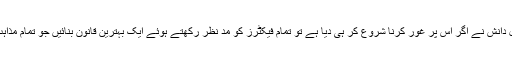
اہل دانش نے اگر اس پر غور کرنا شروع کر ہی دیا ہے تو تمام فیکٹرز کو مد نظر رکھتے ہوئے ایک بہترین قانون بنائیں جو تمام مذاہب۔